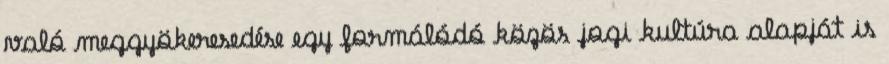
való meggyökeresedése egy formálódó közös jogi kultúra alapját is